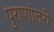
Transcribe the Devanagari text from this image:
पुराणांतरी